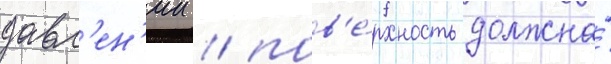
давл'ен'ии / пов'е́рхность должна́